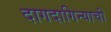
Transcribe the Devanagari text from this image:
दागदागिन्याची